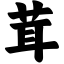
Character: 茸